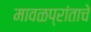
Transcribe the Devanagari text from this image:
मावळप्रांताचे